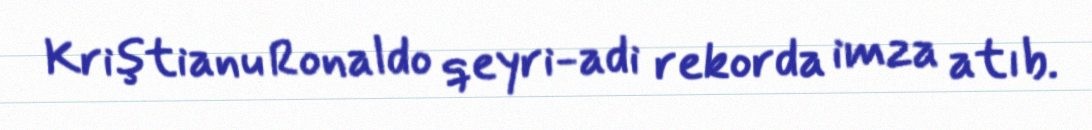
Kriştianu Ronaldo qeyri-adi rekorda imza atıb.